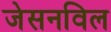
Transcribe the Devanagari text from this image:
जेसनविल